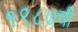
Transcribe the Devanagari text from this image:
१९८७ची